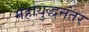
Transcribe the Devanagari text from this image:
महायुद्धनंतर